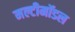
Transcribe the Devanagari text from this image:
मल्टीमॉडल